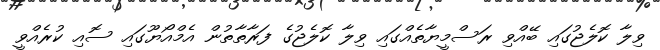
ވިލާ ކޮލެޖުގައި ބޭއްވި ރަސްމީޔާތެއްގައި ވިލާ ކޮލެޖުގެ ފަރާތާތުން އެމްއޯޔޫގައި ސޮއި ކުރެއްވީ